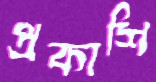
প্রকাশি